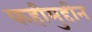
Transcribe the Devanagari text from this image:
फहीमुद्दीन